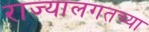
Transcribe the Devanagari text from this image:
राज्यालगतच्या